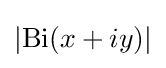
\left|\operatorname {Bi} (x+iy)\right|